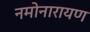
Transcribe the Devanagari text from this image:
नमोनारायण